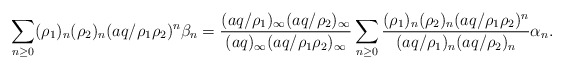
\begin{align*} \sum_{n \geq 0} (\rho_1)_n(\rho_2)_n (aq/\rho_1 \rho_2)^n \beta_n = \frac{(aq/\rho_1)_{\infty}(aq/\rho_2)_{\infty}}{(aq)_{\infty}(aq/\rho_1 \rho_2)_{\infty}} \sum_{n \geq 0} \frac{(\rho_1)_n(\rho_2)_n(aq/\rho_1 \rho_2)^n }{(aq/\rho_1)_n(aq/\rho_2)_n}\alpha_n.\end{align*}